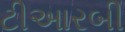
ટીઆરબી